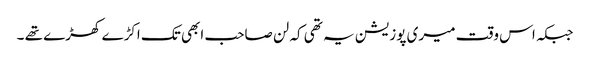
جبکہ اس وقت میری پوزیشن یہ تھی کہ لن صاحب ابھی تک اکڑے کھڑے تھے ۔